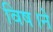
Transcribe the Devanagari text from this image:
विष।ने